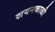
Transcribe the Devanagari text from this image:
शयनकाळी